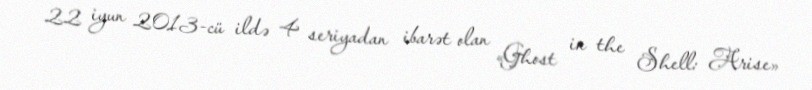
22 iyun 2013-cü ildə 4 seriyadan ibarət olan «Ghost in the Shell: Arise»